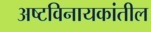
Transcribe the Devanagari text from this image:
अष्टविनायकांतील